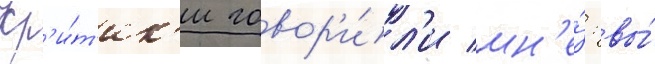
Кр'и́т'ик'и говор'и́л'и мн'е́: вы́